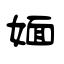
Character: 媔